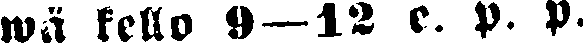
wä kello 9—l2 e. p. p.